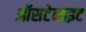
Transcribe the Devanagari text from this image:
ऑसटेनाइट